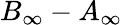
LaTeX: B_{\infty}-A_{\infty}